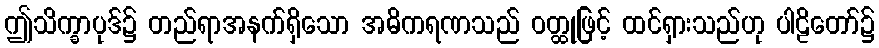
ဤသိက္ခာပုဒ်၌ တည်ရာအနက်ရှိသော အဓိကရဏသည် ဝတ္ထုဖြင့် ထင်ရှားသည်ဟု ပါဠိတော်၌